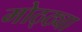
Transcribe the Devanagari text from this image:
मोठ्ठ्या